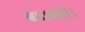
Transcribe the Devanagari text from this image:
बनावली।